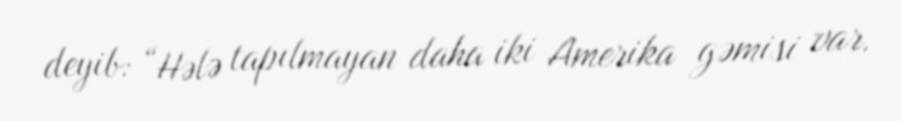
deyib: “Hələ tapılmayan daha iki Amerika gəmisi var.